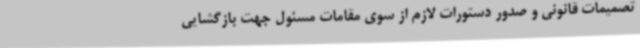
تصمیمات قانونی و صدور دستورات لازم از سوی مقامات مسئول جهت بازگشایی